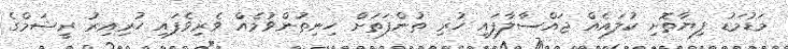
މަޑުމަޑު ފިޔާތޮށި ކުލައެއް ޖައްސާލާފައި ހުރި ތުންފަތަށް ހިނިތުންވުމެއް ވެރިވެފައި ހުރިއިރު ރީޝަމްގެ